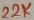
Text: 22K